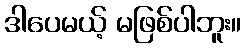
ဒါပေမယ့် မဖြစ်ပါဘူး။